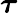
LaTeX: \boldsymbol{\tau}